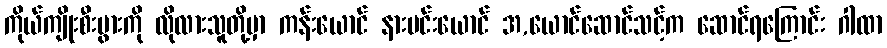
ကိုယ်ကျိုးစီးပွားကို လိုလားသူတို့မှာ ကန်းယောင် နားပင်းယောင် အ,ယောင်ဆောင်သင့်က ဆောင်ရကြောင်း ဂါထာ